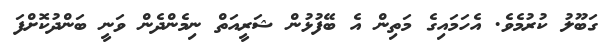
ގަބޫލު ކުރުމެވެ. އެހަމައިގެ މަތިން އެ ބޭފުޅުން ޝަރީއަތް ނިމެންދެން ވަނީ ބަންދުކޮށްފަ